65_HS1-834228961_62-HQ-83894_Section_2
Agency: FBI
Page 12
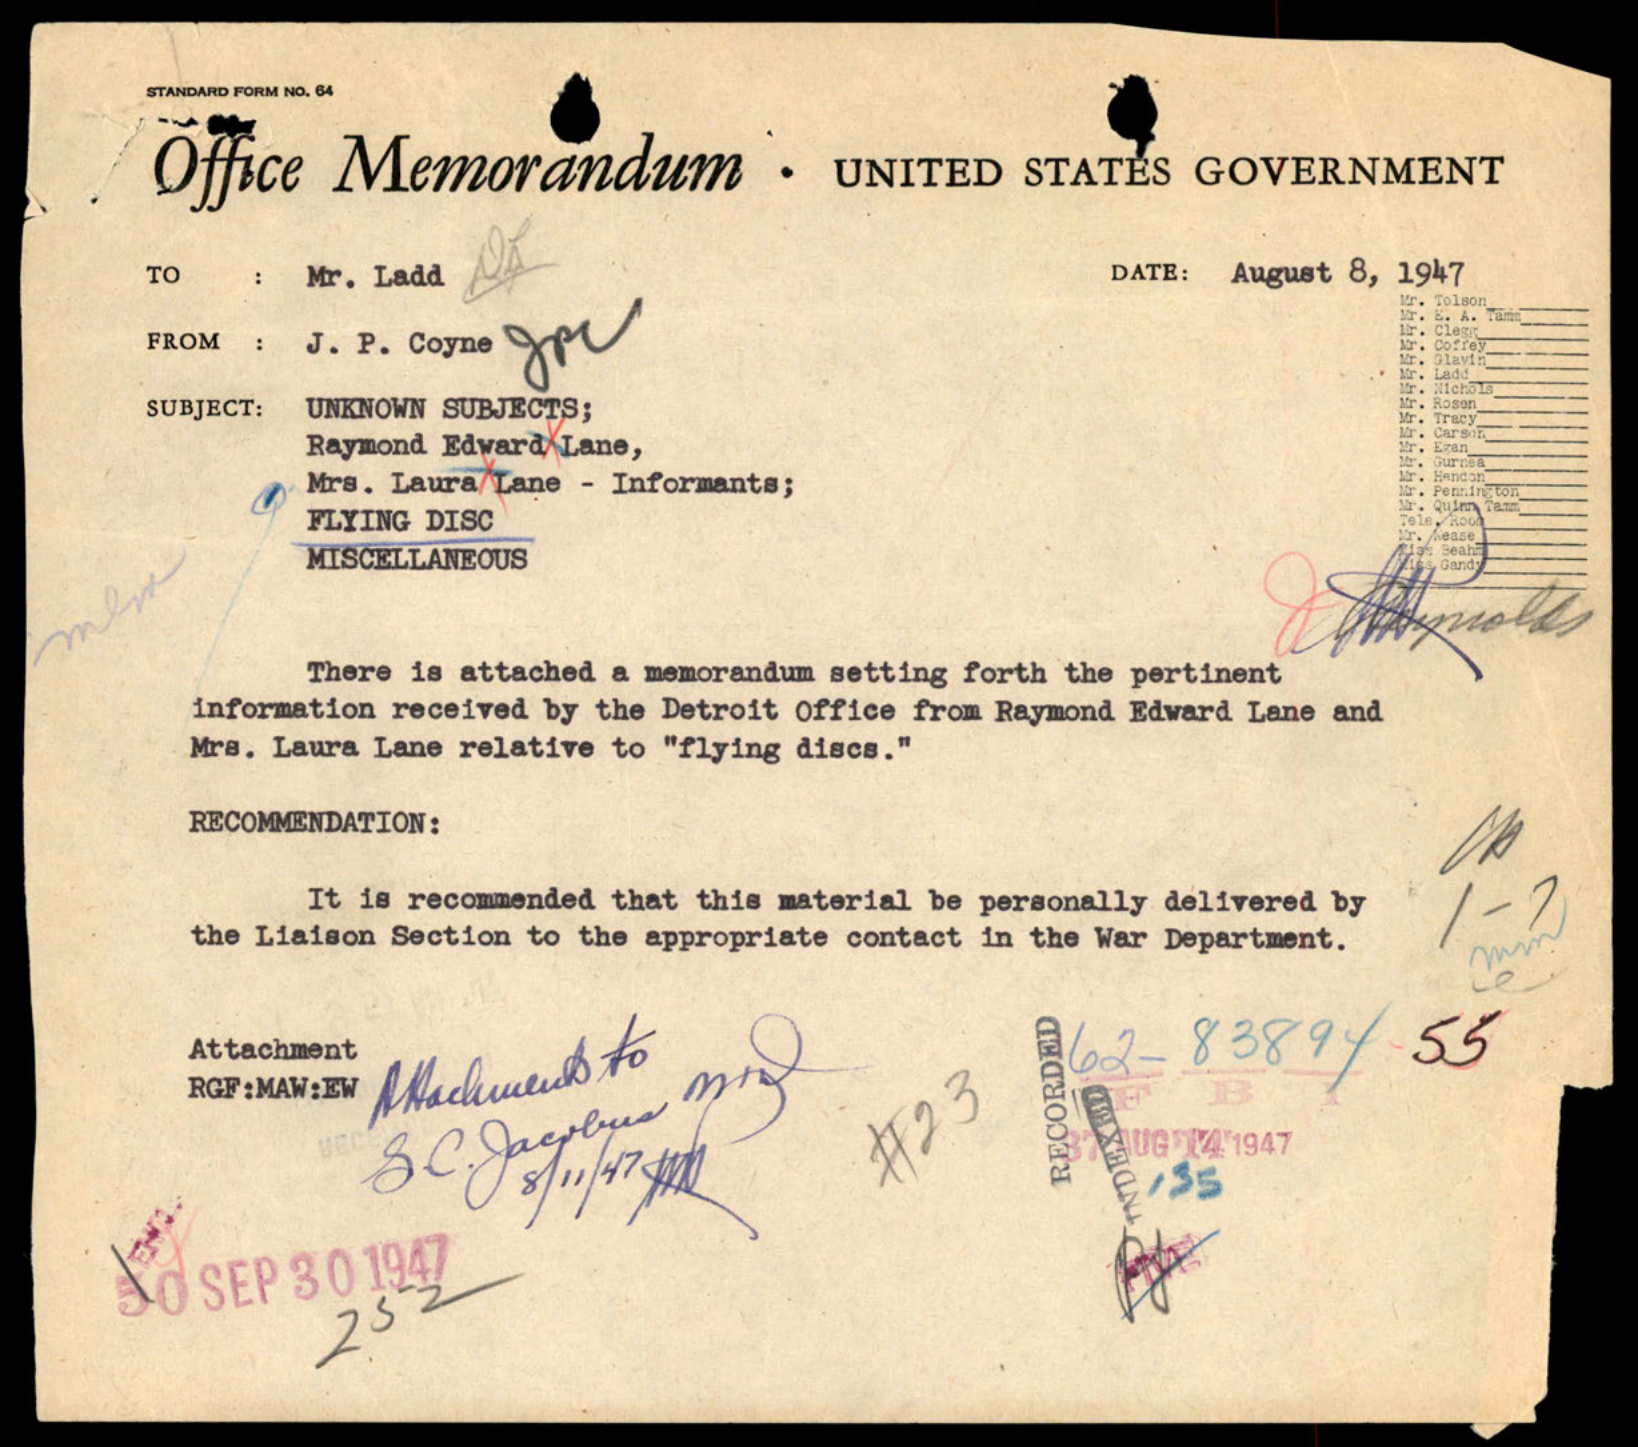